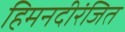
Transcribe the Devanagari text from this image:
हिमनदीरंजित